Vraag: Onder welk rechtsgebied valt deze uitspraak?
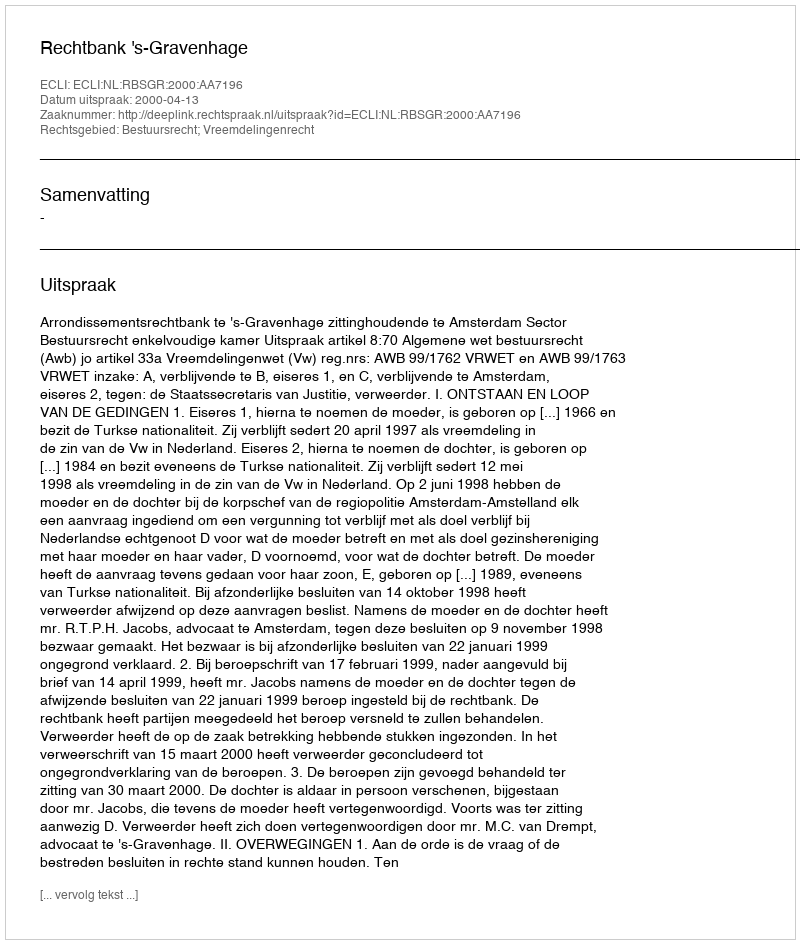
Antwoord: Bestuursrecht; Vreemdelingenrecht